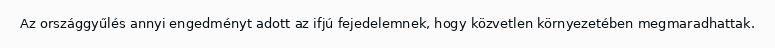
Az országgyűlés annyi engedményt adott az ifjú fejedelemnek, hogy közvetlen környezetében megmaradhattak.